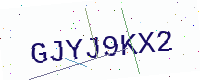
Text: GJYJ9KX2